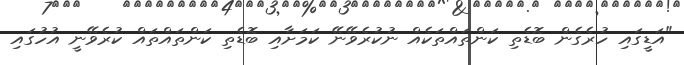
"އަޑީގައި ހުރެގެން ބޮޑެތި ކަންތައްތަކެއް ނުކުރެވޭނޭ ކަމަށާއި ބޮޑެތި ކަންތައްތައް ކުރެވޭނީ އުހުގައި